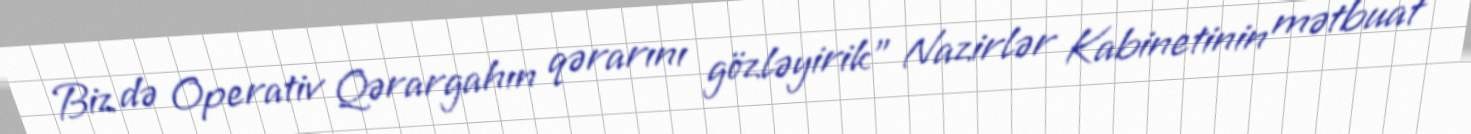
Biz də Operativ Qərargahın qərarını gözləyirik” Nazirlər Kabinetinin mətbuat